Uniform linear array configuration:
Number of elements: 12
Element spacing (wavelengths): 0.25
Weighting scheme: exponential
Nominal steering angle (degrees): -45
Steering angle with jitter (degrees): -45.634
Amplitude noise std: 0.05
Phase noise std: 0.05

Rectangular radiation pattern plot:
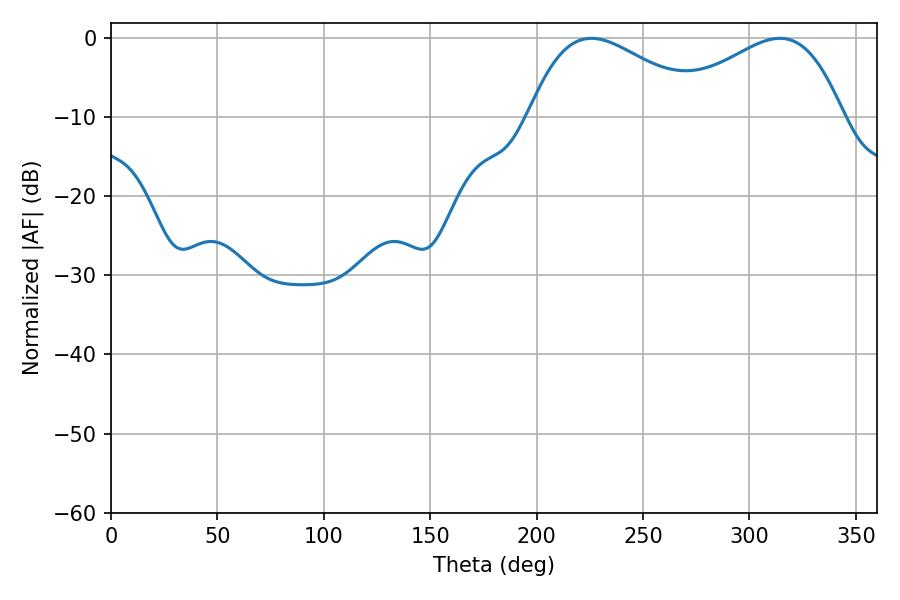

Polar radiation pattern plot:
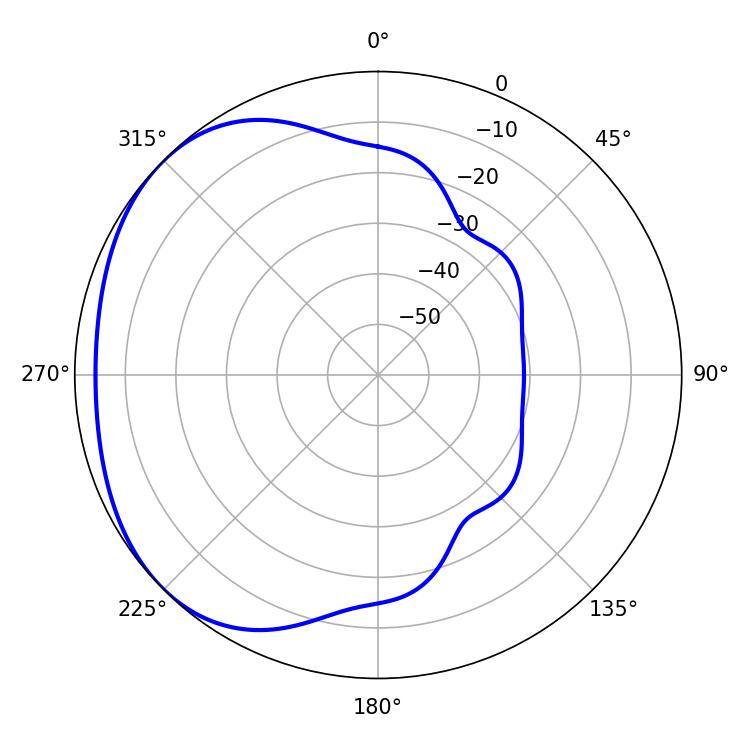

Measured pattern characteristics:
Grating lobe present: FALSE
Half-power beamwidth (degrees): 45
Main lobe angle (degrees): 225.72